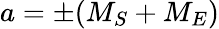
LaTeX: a=\pm(M_{S}+M_{E})